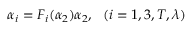
\alpha _ { i } = F _ { i } ( \alpha _ { 2 } ) \alpha _ { 2 } , ~ ~ ( i = 1 , 3 , T , \lambda )